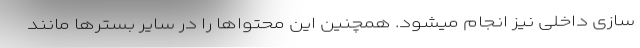
سازی داخلی نیز انجام میشود. همچنین این محتواها را در سایر بسترها مانند